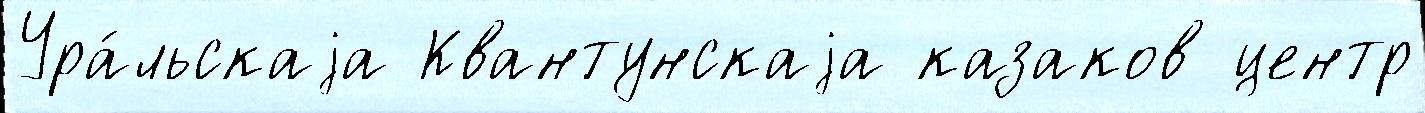
Ура́льскаjа Квантунскаjа казаков центр